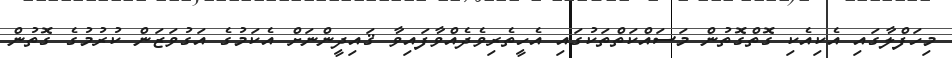
މިހަފްލާގައި އެކިއެކި ގޮތްގޮތުން މަސައްކަތްތަކުގައި އެހީތެރިވެދެއްވާފައިވާ ޤައިދީންނަށް އެކަމުގެ އަގުވަޒަން ކުރުމުގެ ގޮތުން